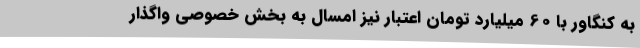
به کنگاور با 60 میلیارد تومان اعتبار نیز امسال به بخش خصوصی واگذار